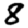
Digit: 8